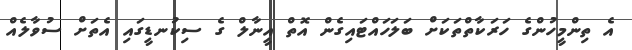
އެ ތިންމީހުންގެ ހަރަކާތްތަކަށް ބަލަހައްޓައިގެން އޮތް އީނާލް ގެ ސިކުނޑީގައި އެތަށް ސުވާލެއް